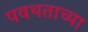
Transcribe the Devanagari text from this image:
पवथताच्या